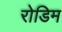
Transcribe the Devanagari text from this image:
रोडिम